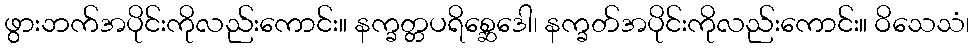
ဖွားဘက်အပိုင်းကိုလည်းကောင်း။ နက္ခတ္တပရိစ္ဆေဒေါ၊ နက္ခတ်အပိုင်းကိုလည်းကောင်း။ ဝိသေသံ၊